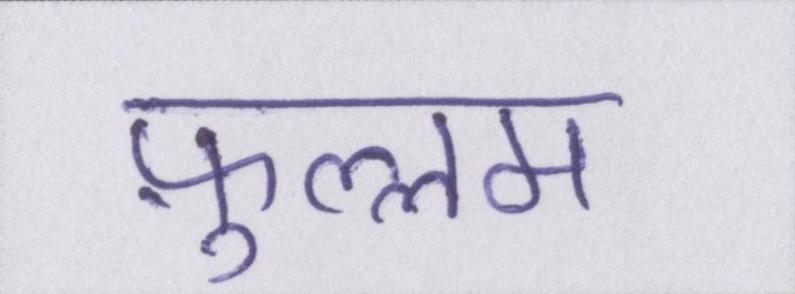
फ़ुल्लम